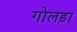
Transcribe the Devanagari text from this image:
गोलड़ा